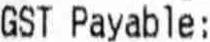
GST PAYABLE :